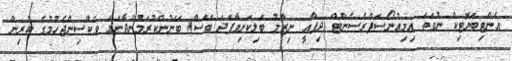
އެންޓިބަޔޮޓިކް ނުވަތަ އިމިއުނޯސަޕްރެސެންޓް (ދިފާއީ ނިޒާމު ބަލިކަށިވާފަދަ ބޭސް) ބޭނުންކުރަމުންދާނަމަ ވެކްސިންޖެހުމުގެ ކުރިން